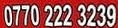
0770 222 3239